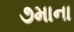
૭માના